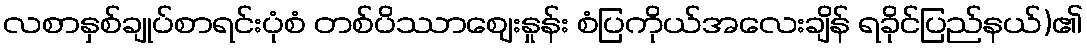
လစာနှစ်ချုပ်စာရင်းပုံစံ တစ်ပိဿာဈေးနှုန်း စံပြကိုယ်အလေးချိန် ရခိုင်ပြည်နယ်)၏